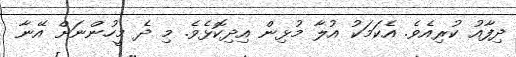
ދިފާއު ކުރިއެވެ. އެކަމަކު އުލާ މުޅިން އިދިކޮޅެވެ. މި ދެ މީހުންނަށް އޭނާ